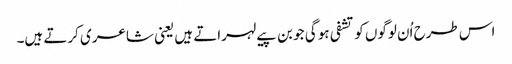
اس طرح اُن لوگوں کو تشفی ہو گی جو بن پیے لہراتے ہیں یعنی شاعری کرتے ہیں۔